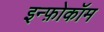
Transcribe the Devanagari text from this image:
इन्फ़ोकॉम